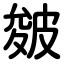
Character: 皴